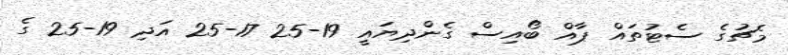
މެޗުގެ ސެޓުތައް ޕާއް ބޯއިސް ގެންދިޔައީ 19-25 17-25 އަދި 19-25 ގެ